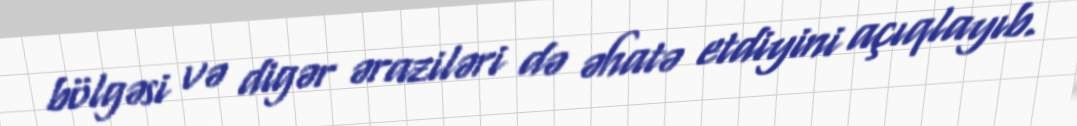
bölgəsi və digər əraziləri də əhatə etdiyini açıqlayıb.